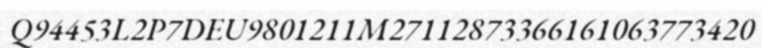
Q94453L2P7DEU9801211M27112873366161063773420